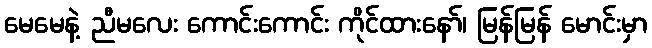
မေမေနဲ့ ညီမလေး ကောင်းကောင်း ကိုင်ထားနော်၊ မြန်မြန် မောင်းမှာ